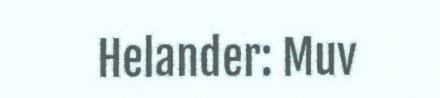
Helander: Muv